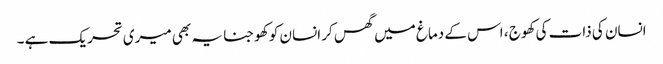
انسان کی ذات کی کھوج ، اس کے دماغ میں گھس کر انسان کو کھوجنا یہ بھی میری تحریک ہے ۔